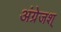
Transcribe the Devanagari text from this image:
अंग्रेजश्